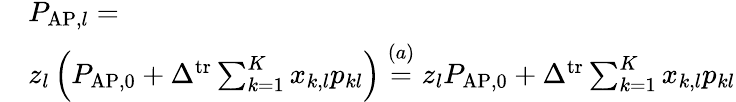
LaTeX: \begin{array}{rl}&{P_{\mathrm{AP},l}=}\\ &{z_{l}\left(P_{\mathrm{AP},0}+\Delta^{\mathrm{tr}}\sum_{k=1}^{K}x_{k,l}p_{kl}\right)\stackrel{(a)}=z_{l}P_{\mathrm{AP},0}+\Delta^{\mathrm{tr}}\sum_{k=1}^{K}x_{k,l}p_{kl}}\end{array}